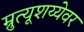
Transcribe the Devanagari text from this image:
म्रुत्यूशय्येवर